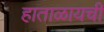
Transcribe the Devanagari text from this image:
हाताळायची